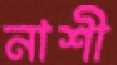
নাশী